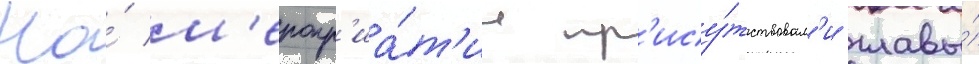
На́ м'еропр'иа́т'ии пр'ису́тствовал'и главы́